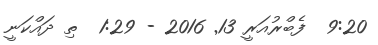
9:20  ފެބްރުއަރީ 13